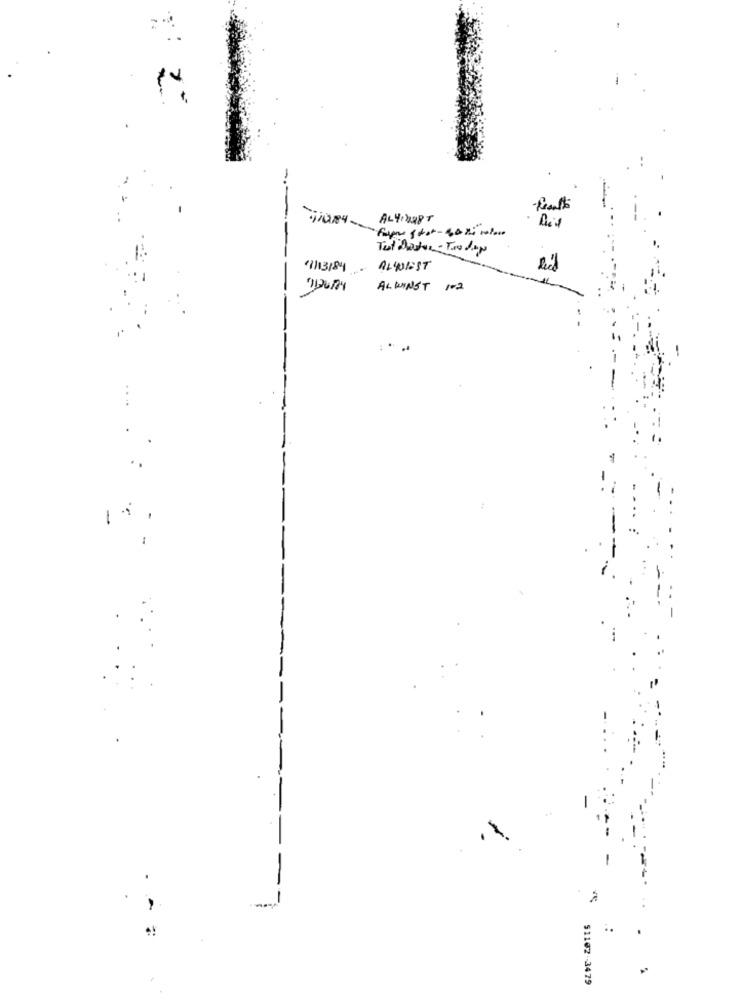
AL41208T
Tut Dastor - Two days
11/13/84
ALWISST
ALWINST 1-2
.
-
-
..
51102 -3479